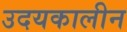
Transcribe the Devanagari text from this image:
उदयकालीन